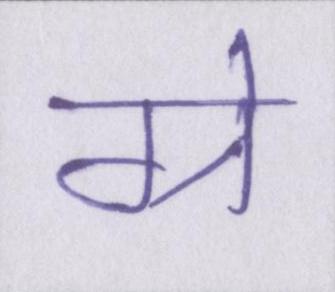
ग्रे